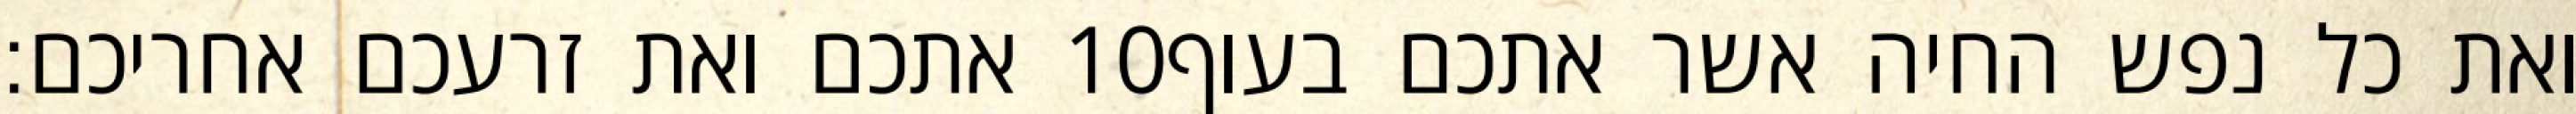
אתכם ואת זרעכם אחריכם׃ ‎10‏ ואת כל נפש החיה אשר אתכם בעוף